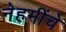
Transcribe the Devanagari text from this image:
नेहमींचे